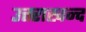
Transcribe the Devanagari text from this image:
उत्तराखन्द